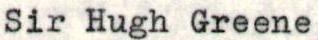
Sir Hugh Greene